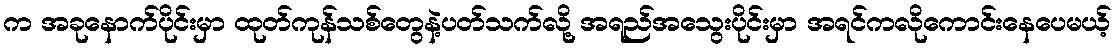
က အခုနောက်ပိုင်းမှာ ထုတ်ကုန်သစ်တွေနဲ့ပတ်သက်လို့ အရည်အသွေးပိုင်းမှာ အရင်ကလိုကောင်းနေပေမယ့်